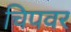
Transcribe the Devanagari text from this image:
चिपवर